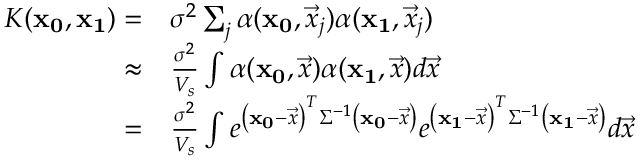
\begin{array} { r l } { K ( \mathbf { x _ { 0 } } , \mathbf { x _ { 1 } } ) = } & { \sigma ^ { 2 } \sum _ { j } \alpha ( \mathbf { x _ { 0 } } , \vec { x } _ { j } ) \alpha ( \mathbf { x _ { 1 } } , \vec { x } _ { j } ) } \\ { \approx } & { \frac { \sigma ^ { 2 } } { V _ { s } } \int \alpha ( \mathbf { x _ { 0 } } , \vec { x } ) \alpha ( \mathbf { x _ { 1 } } , \vec { x } ) d \vec { x } } \\ { = } & { \frac { \sigma ^ { 2 } } { V _ { s } } \int e ^ { \left( \mathbf { x _ { 0 } } - \vec { x } \right) ^ { T } \Sigma ^ { - 1 } \left( \mathbf { x _ { 0 } } - \vec { x } \right) } e ^ { \left( \mathbf { x _ { 1 } } - \vec { x } \right) ^ { T } \Sigma ^ { - 1 } \left( \mathbf { x _ { 1 } } - \vec { x } \right) } d \vec { x } } \end{array}